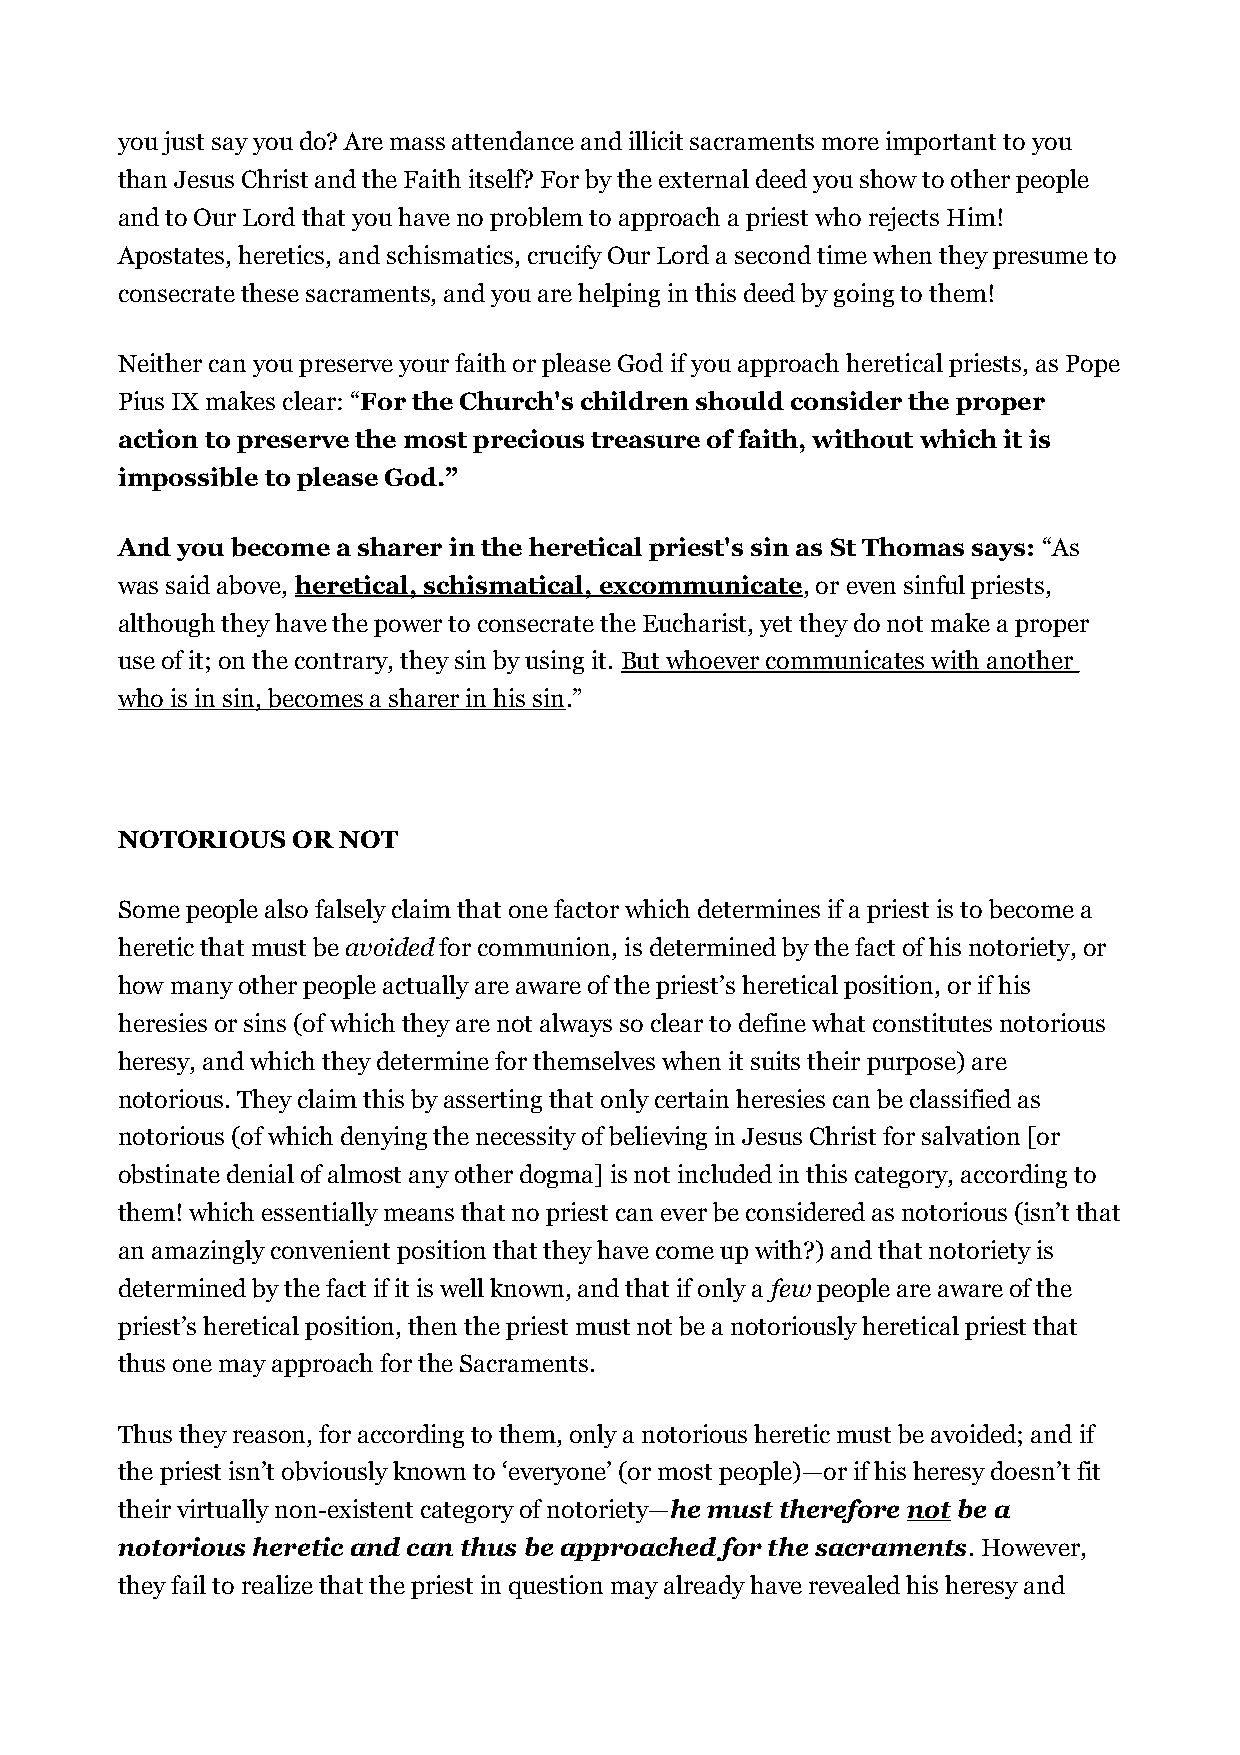
you just say you do? Are mass attendance and illicit sacraments more important to you
 than Jesus Christ and the Faith itself? For by the external deed you show to other people
 and to Our Lord that you have no problem to approach a priest who rejects Him!
 Apostates, heretics, and schismatics, crucify Our Lord a second time when they presume to
 consecrate these sacraments, and you are helping in this deed by going to them!
 Neither can you preserve your faith or please God if you approach heretical priests, as Pope
 Pius IX makes clear: “For the Church's children should consider the proper
 action to preserve the most precious treasure of faith, without which it is
 impossible to please God.”
 And you become a sharer in the heretical priest's sin as St Thomas says: “As
 was said above, heretical, schismatical, excommunicate, or even sinful priests,
 although they have the power to consecrate the Eucharist, yet they do not make a proper
 use of it; on the contrary, they sin by using it. But whoever communicates with another
 who is in sin, becomes a sharer in his sin.”
 NOTORIOUS  OR NOT
 Some people also falsely claim that one factor which determines if a priest is to become a
 heretic that must be avoided for communion, is determined by the fact of his notoriety, or
 how many other people actually are aware of the priest’s heretical position, or if his
 heresies or sins (of which they are not always so clear to define what constitutes notorious
 heresy, and which they determine for themselves when it suits their purpose) are
 notorious. They claim this by asserting that only certain heresies can be classified as
 notorious (of which denying the necessity of believing in Jesus Christ for salvation [or
 obstinate denial of almost any other dogma] is not included in this category, according to
 them! which essentially means that no priest can ever be considered as notorious (isn’t that
 an amazingly convenient position that they have come up with?) and that notoriety is
 determined by the fact if it is well known, and that if only a few people are aware of the
 priest’s heretical position, then the priest must not be a notoriously heretical priest that
 thus one may approach for the Sacraments.
 Thus they reason, for according to them, only a notorious heretic must be avoided; and if
 the priest isn’t obviously known to ‘everyone’ (or most people)—or if his heresy doesn’t fit
 their virtually non-existent category of notoriety—he must therefore not be a
 notorious heretic and can thus be approached for the sacraments. However,
 they fail to realize that the priest in question may already have revealed his heresy and